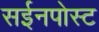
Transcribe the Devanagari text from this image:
सईनपोस्ट